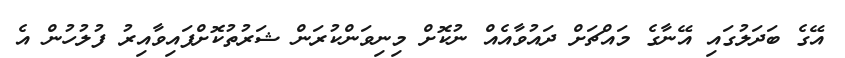
އޭގެ ބަދަލުގައި އޭނާގެ މައްޗަށް ދައުވާއެއް ނުކޮށް މިނިވަންކުރަން ޝަރުތުކޮށްފައިވާއިރު ފުލުހުން އެ